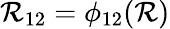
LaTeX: \mathcal{R}_{12}=\phi_{12}(\mathcal{R})